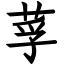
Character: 莩